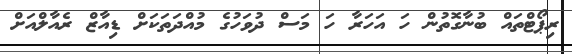
ރިޕޯޓްތައް ބުނާގޮތުން ހަ އަހަރާ ހަ މަސް ދުވަހުގެ މުއްދަތަކަށް ޑިއާޒް ރެއާލްއަށް